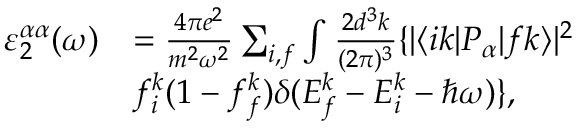
\begin{array} { r l } { \varepsilon _ { 2 } ^ { \alpha \alpha } ( \omega ) } & { = \frac { 4 \pi e ^ { 2 } } { m ^ { 2 } \omega ^ { 2 } } \sum _ { i , f } \int \frac { 2 d ^ { 3 } k } { ( 2 \pi ) ^ { 3 } } \{ | \langle i k | P _ { \alpha } | f k \rangle | ^ { 2 } } \\ & { f _ { i } ^ { k } ( 1 - f _ { f } ^ { k } ) \delta ( E _ { f } ^ { k } - E _ { i } ^ { k } - \hbar \omega ) \} , } \end{array}